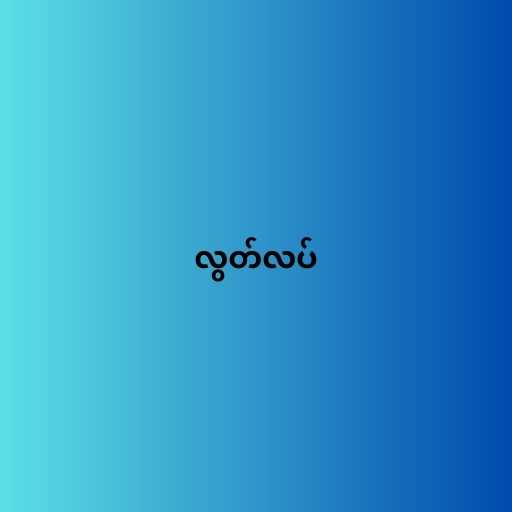
လွတ်လပ်